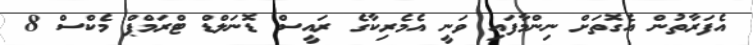
އެފަރާތުން އެގޮތަށް ނިންމާފައި ވަނީ އެމެރިކާގެ ރައީސް ޑޮނަލްޑް ޓްރަމްޕް މެކްސް 8